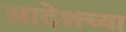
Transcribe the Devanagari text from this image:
आदेशच्या